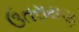
ઉતરાયણ